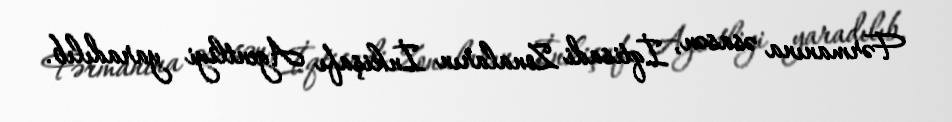
Fərmanına əsasən, İqtisadi Zonaların İnkişafı Agentliyi yaradılıb.